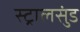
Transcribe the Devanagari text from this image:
स्ट्रालसुंड